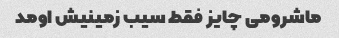
ماشرومی چایز فقط سیب زمینیش اومد